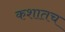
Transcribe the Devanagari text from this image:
कशातच